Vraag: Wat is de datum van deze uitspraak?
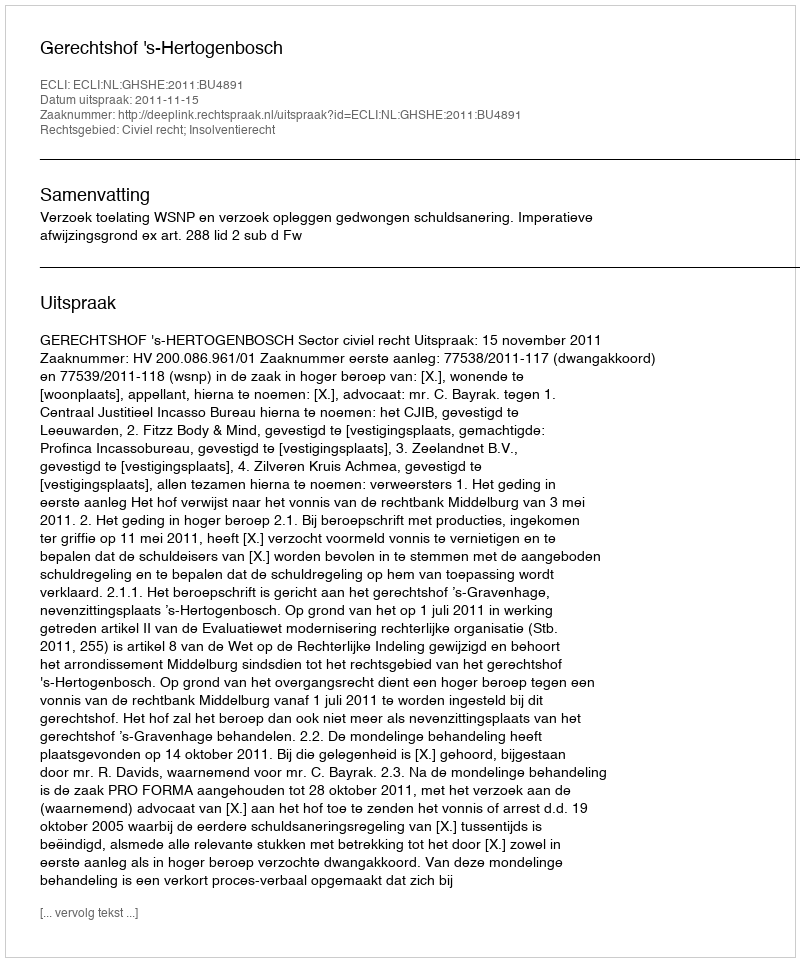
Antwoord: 2011-11-15